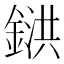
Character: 𨩅